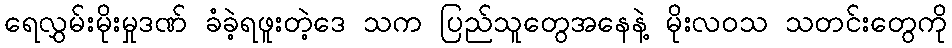
ရေလွှမ်းမိုးမှုဒဏ် ခံခဲ့ရဖူးတဲ့ဒေ သက ပြည်သူတွေအနေနဲ့ မိုးလဝသ သတင်းတွေကို